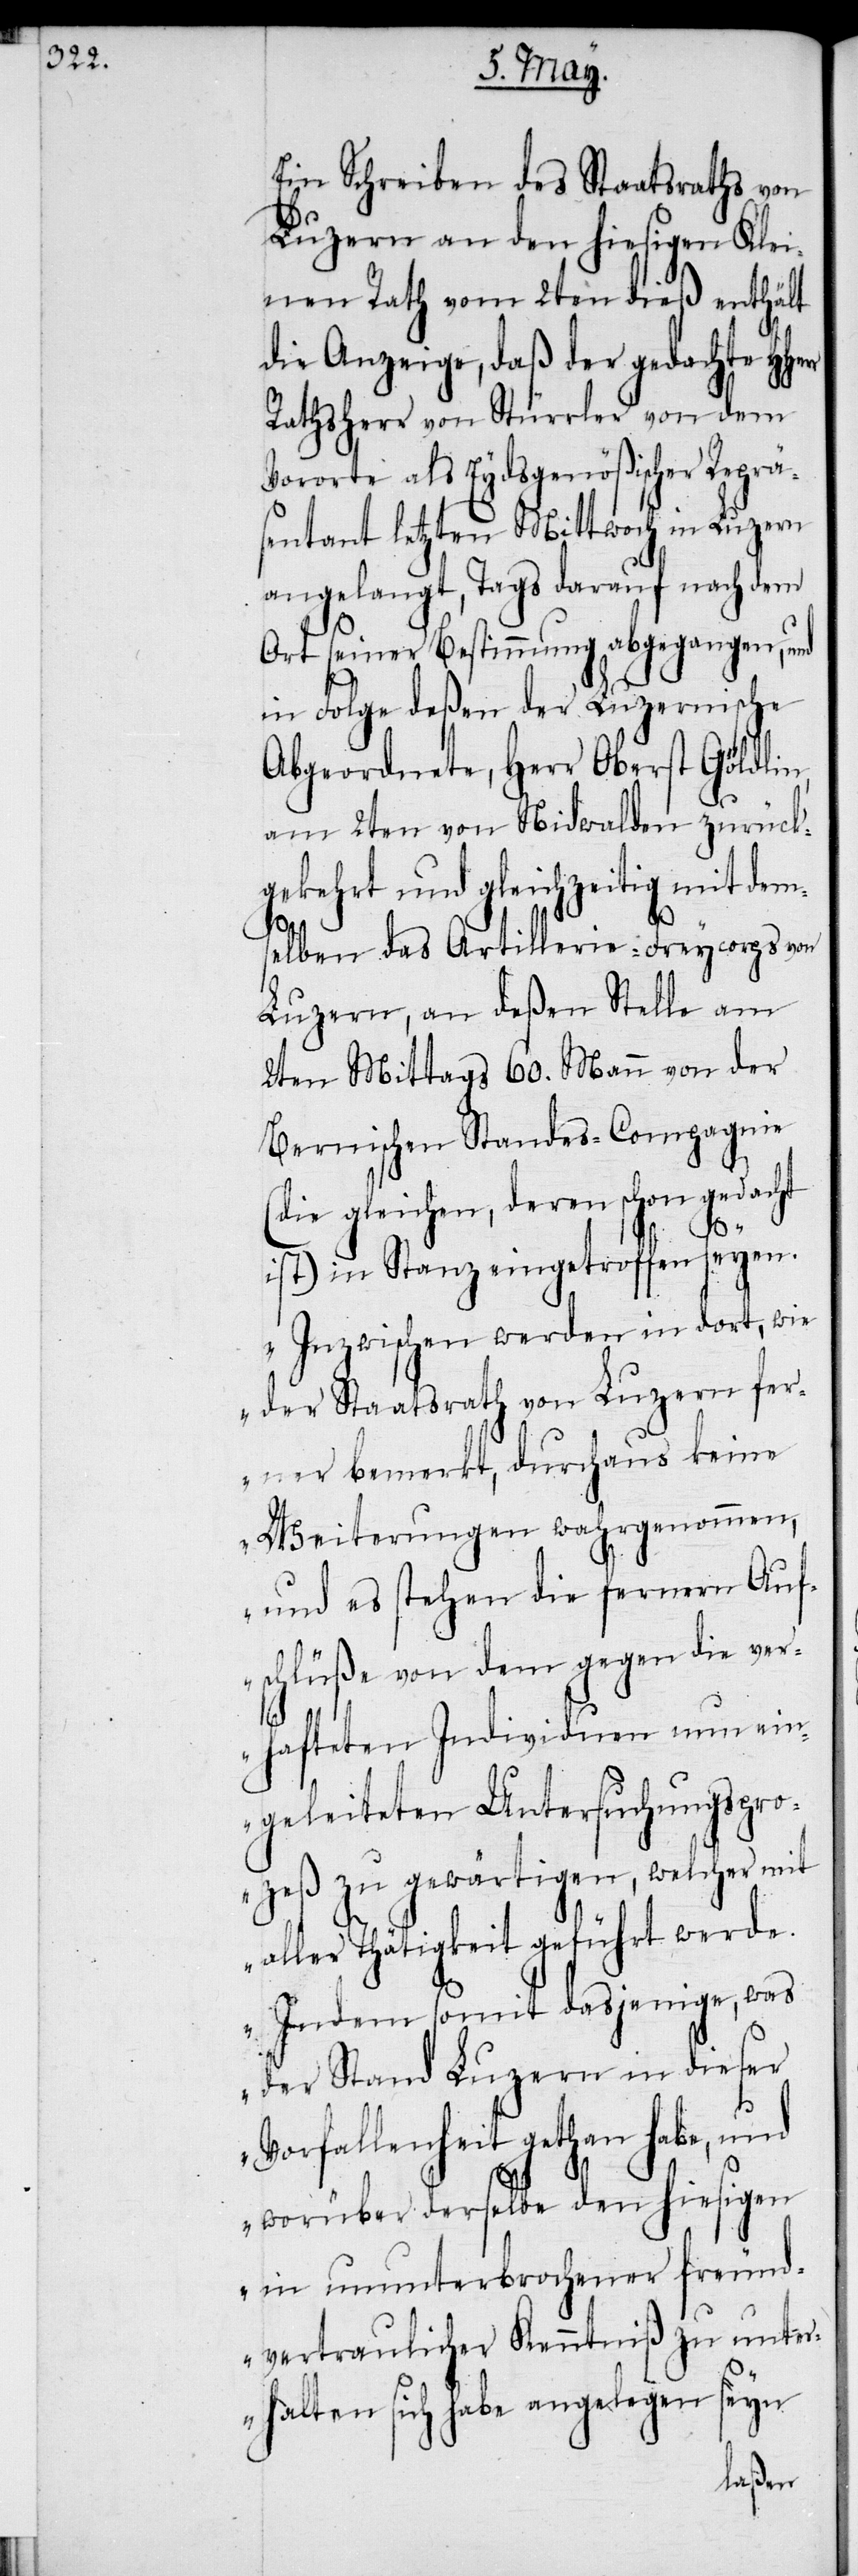
Ein Schreiben des Staatsraths von
Luzern an den hiesigen Klei¬
nen Rath vom 2ten dieß enthält
die Anzeige, daß der gedachte HHe¬
Rathsherr von Stürrler von dem
Vororte als Eydsgenößischer Repräs¬
entant letzten Mittwoch in Luzern
angelangt, Tags darauf nach dem
Ort seiner Bestimmung abgegangen, und
in Folge deßen der Luzernische
Abgeordnete, Herr Oberst Göldlin,
am 2ten von Nidwalden zurück¬
gekehrt und gleichzeitig mit dems¬
elben das Artillerie-Freycorps von
Luzern, an deßen Stelle am
2ten Mittags 60. Mann von der
Bernischen Standes-Compagnie
(die gleichen, deren schon gedacht
ist) in Stanz eingetroffen seyen.
„Inzwischen werden in dort, wie
der Staatsrath von Luzern fer¬
ner bemerkt, durchaus keine
Weiterungen wahrgenommen,
und es stehen die fernern Auf¬
schlüße von dem gegen die ver¬
hafteten Individuen nun ein¬
geleiteten Untersuchungspro¬
zeß zu gewärtigen, welcher mit
aller Thätigkeit geführt werde.
Indem somit dasjenige, was
der Stand Luzern in dieser
Vorfallenheit gethan habe, und
rr
worüber derselbe den hiesigen
in ununterbrochener freund¬
vertraulicher Kenntniß zu unter¬
halten sich habe angelegen seyn